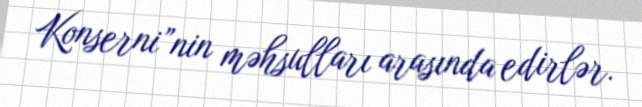
Konserni”nin məhsulları arasında edirlər.